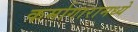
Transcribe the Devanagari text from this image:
कर्मागारामध्ये